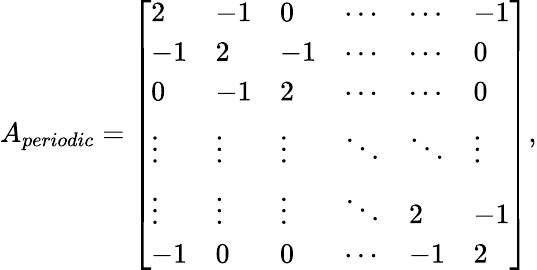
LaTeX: A_{periodic}=\left[\begin{array}{llllll}{2}&{-1}&{0}&{\cdots}&{\cdots}&{-1}\\ {-1}&{2}&{-1}&{\cdots}&{\cdots}&{0}\\ {0}&{-1}&{2}&{\cdots}&{\cdots}&{0}\\ {\vdots}&{\vdots}&{\vdots}&{\ddots}&{\ddots}&{\vdots}\\ {\vdots}&{\vdots}&{\vdots}&{\ddots}&{2}&{-1}\\ {-1}&{0}&{0}&{\cdots}&{-1}&{2}\end{array}\right],